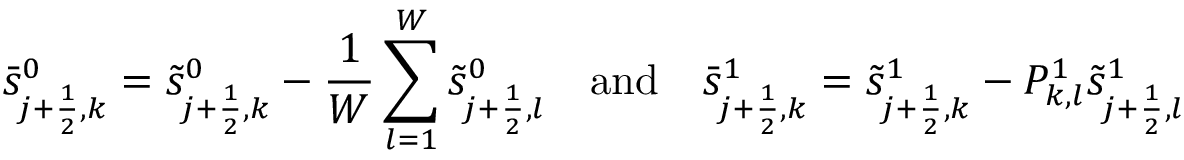
\bar { s } _ { j + \frac { 1 } { 2 } , k } ^ { 0 } = \tilde { s } _ { j + \frac { 1 } { 2 } , k } ^ { 0 } - \frac { 1 } { W } \sum _ { l = 1 } ^ { W } \tilde { s } _ { j + \frac { 1 } { 2 } , l } ^ { 0 } \quad \mathrm { a n d } \quad \bar { s } _ { j + \frac { 1 } { 2 } , k } ^ { 1 } = \tilde { s } _ { j + \frac { 1 } { 2 } , k } ^ { 1 } - P _ { k , l } ^ { 1 } \tilde { s } _ { j + \frac { 1 } { 2 } , l } ^ { 1 }